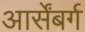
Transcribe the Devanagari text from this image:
आर्सेंबर्ग